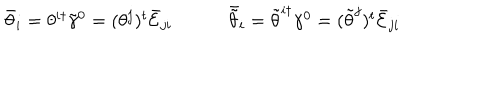
\begin{array} { c c } { { \bar { \theta } _ { i } = \theta ^ { i \dagger } \tilde { \gamma } ^ { 0 } = ( \theta ^ { j } ) ^ { t } \bar { \cal E } _ { j i } ~ } } & { { ~ \bar { \tilde { \theta } } _ { i } = \tilde { \theta } ^ { i \dagger } \gamma ^ { 0 } = ( \tilde { \theta } ^ { j } ) ^ { t } \bar { \cal E } _ { j i } } } \\ \end{array}